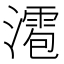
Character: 㵡